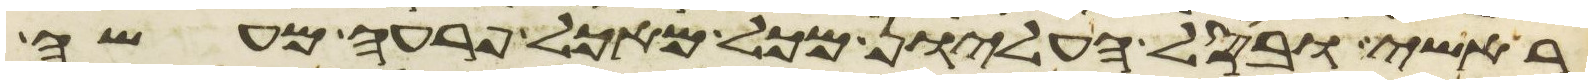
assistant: ראשי ובסל העליון מכל מאכל פרעה מעשה